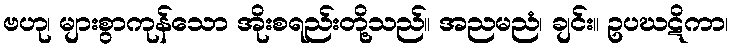
ဗဟု၊ များစွာကုန်သော အိုးစရည်းတို့သည်။ အညမညံ၊ ချင်း။ ဥပဃဋိကာ၊